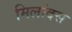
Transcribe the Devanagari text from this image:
मिलांदस